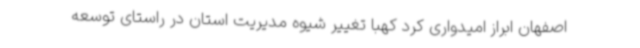
اصفهان ابراز امیدواری کرد کهبا تغییر شیوه مدیریت استان در راستای توسعه